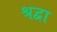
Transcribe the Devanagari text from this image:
श्रद्वा